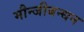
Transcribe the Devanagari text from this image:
मौन्जीबन्धन